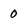
Character: 0